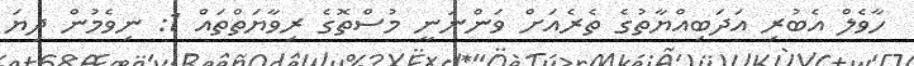
ހާވެލް އެބުރި އަދަބިއްޔާތުގެ ތެރެއަށް ވަންނަނީ މުސްތޮގެ ރިވާޔަތްތައް 1: ނިވެމުން ދިޔަ